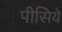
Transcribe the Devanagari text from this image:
पीसिये